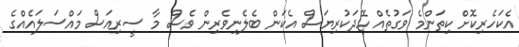
އެކަހެރިކޮށް ކިތަންމެ ވަގުތެއް ހޭދަކުރިޔަސް އެކަން ބެލެނިވެރިން ވެސް މާ ސީރިއަސް މައްސަލައެއްގެ